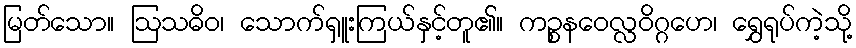
မြတ်သော။ ဩသဓိဝ၊ သောက်ရှူးကြယ်နှင့်တူ၏။ ကဉ္စနဝေလ္လဝိဂ္ဂဟေ၊ ရွှေရုပ်ကဲ့သို့